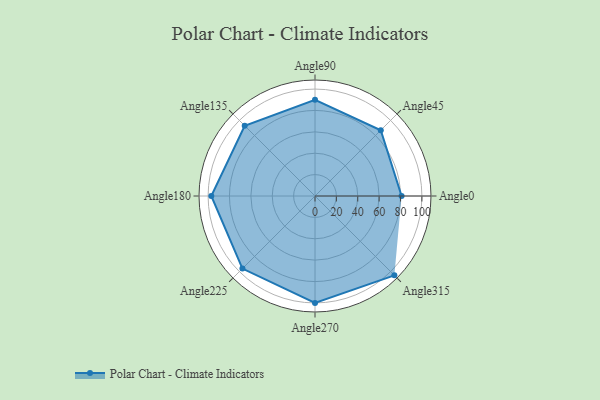
{"axis": {"x": "Angle", "y": "Radius"}, "legend": [""], "data": [{"x": "Angle0", "y": 81.0, "type": ""}, {"x": "Angle45", "y": 87.0, "type": ""}, {"x": "Angle90", "y": 90.0, "type": ""}, {"x": "Angle135", "y": 93.0, "type": ""}, {"x": "Angle180", "y": 97.0, "type": ""}, {"x": "Angle225", "y": 96.0, "type": ""}, {"x": "Angle270", "y": 100.0, "type": ""}, {"x": "Angle315", "y": 105.0, "type": ""}]}